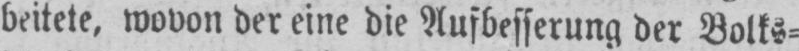
der Volks⸗